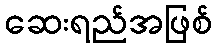
ဆေးရည်အဖြစ်